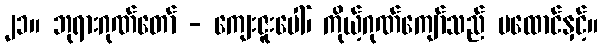
၂၁။ ဘုရားဂုဏ်တော် - ကျေးဇူးပေါ်၊ ကိုယ့်ဂုဏ်ကျော်သည် မထောင်နှင့်။